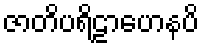
ဇာတိပရိဠာဟေနပိ